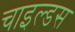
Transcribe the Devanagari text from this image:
चाइल्डस